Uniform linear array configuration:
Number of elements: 64
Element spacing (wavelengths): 0.75
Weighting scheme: uniform
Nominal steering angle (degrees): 30
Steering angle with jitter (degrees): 30.65
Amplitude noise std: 0.05
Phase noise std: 0.05

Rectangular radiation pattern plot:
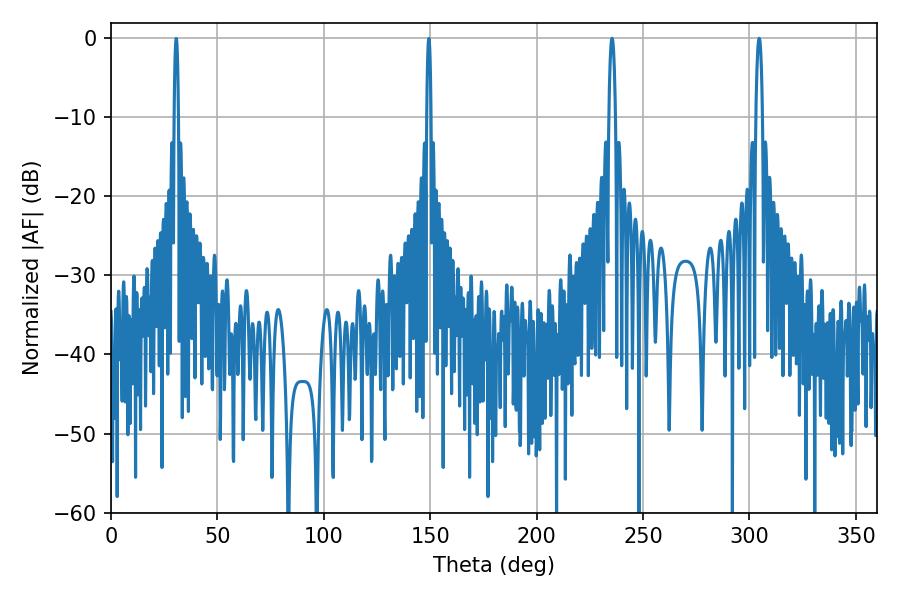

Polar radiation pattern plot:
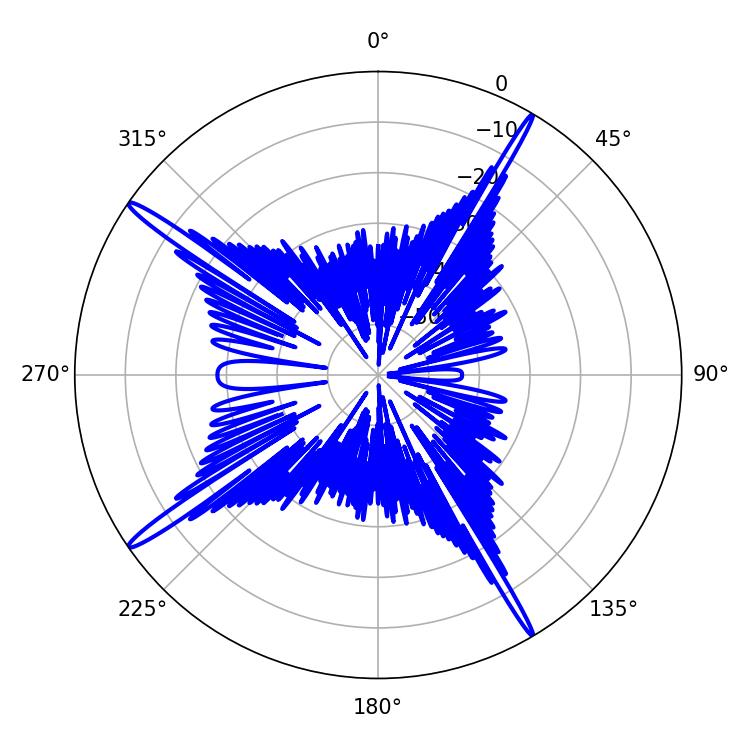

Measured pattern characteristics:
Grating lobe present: TRUE
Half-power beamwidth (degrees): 1.8
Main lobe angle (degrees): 304.56